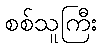
စစ်သူကြီး